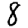
Digit: 8